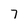
Character: 7